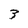
Character: 3